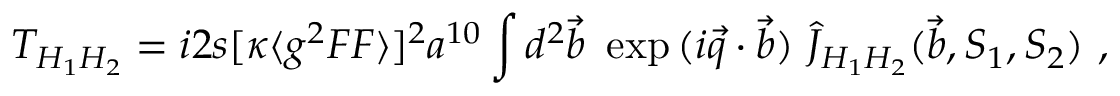
T _ { H _ { 1 } H _ { 2 } } = i 2 s [ \kappa \langle g ^ { 2 } F F \rangle ] ^ { 2 } a ^ { 1 0 } \int d ^ { 2 } \vec { b } ~ \exp { ( i \vec { q } \cdot \vec { b } ) } ~ \widehat J _ { H _ { 1 } H _ { 2 } } ( \vec { b } , S _ { 1 } , S _ { 2 } ) ~ ,